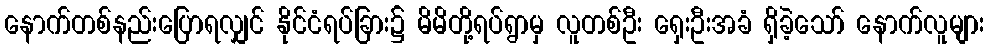
နောက်တစ်နည်းပြောရလျှင် နိုင်ငံရပ်ခြား၌ မိမိတို့ရပ်ရွာမှ လူတစ်ဦး ရှေးဦးအခံ ရှိခဲ့သော် နောက်လူများ